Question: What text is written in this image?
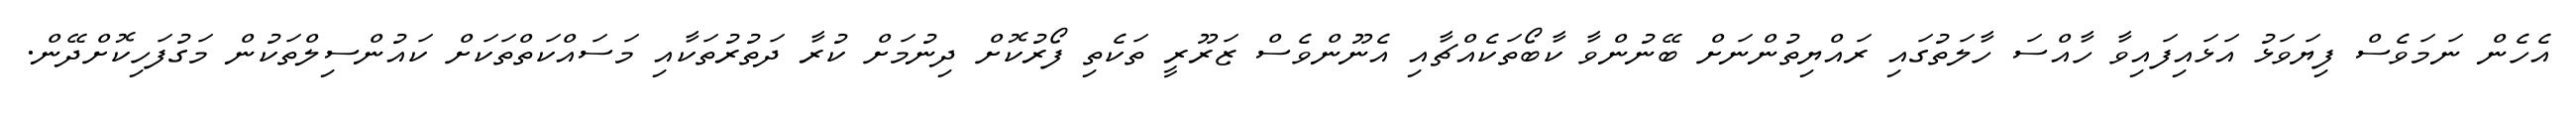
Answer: އެހެން ނަމަވެސް ފިޔަވަޅު އަޅައިފައިވާ ހާއްސަ ހާލަތުގައި ރައްޔިތުންނަށް ބޭނުންވާ ކާބޯތަކެއްޗާއި އެނޫންވެސް ޒަރޫރީ ތަކެތި ފޯރުކޮށް ދިނުމަށް ކުރާ ދަތުރުތަކާއި މަސައްކަތްތަކަށް ކައުންސިލްތަކުން މަގުފަހިކޮށްދޭން.